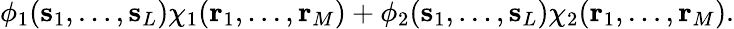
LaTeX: \begin{array}{r}{\phi_{1}(\mathbf{s}_{1},\ldots,\mathbf{s}_{L})\chi_{1}(\mathbf{r}_{1},\ldots,\mathbf{r}_{M})+\phi_{2}(\mathbf{s}_{1},\ldots,\mathbf{s}_{L})\chi_{2}(\mathbf{r}_{1},\ldots,\mathbf{r}_{M}).}\end{array}